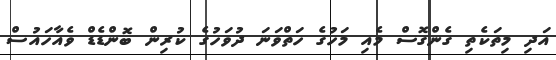
އަދި މިތަކެތި ގެންގޮސް މެއި މަހުގެ ހަތްވަނަ ދުވަހުގެ ކުރިން ބޮންޑެޑް ވެއާހައުސް